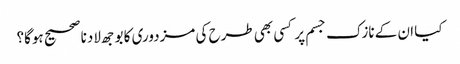
کیا ان کے نازک جسم پر کسی بھی طرح کی مزدوری کا بوجھ لادنا صحیح ہوگا؟